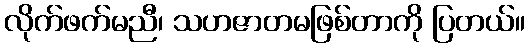
လိုက်ဖက်မညီ၊ သဟဇာတမဖြစ်တာကို ပြတယ်။